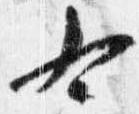
右